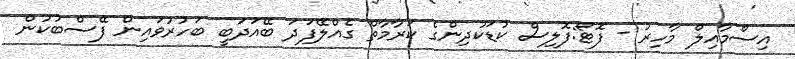
އިސްމާއިލް މާހިރު - ފޮޓޯ:ފޮލިސް ކުޑަކުދިންގެ ކަރާމާތް ގެއްލޭފަދަ ބޭއަދަބީ ބަހުރުވައިން ފޭސްބުކުން